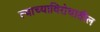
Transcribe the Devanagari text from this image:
त्याच्याविरोधातील